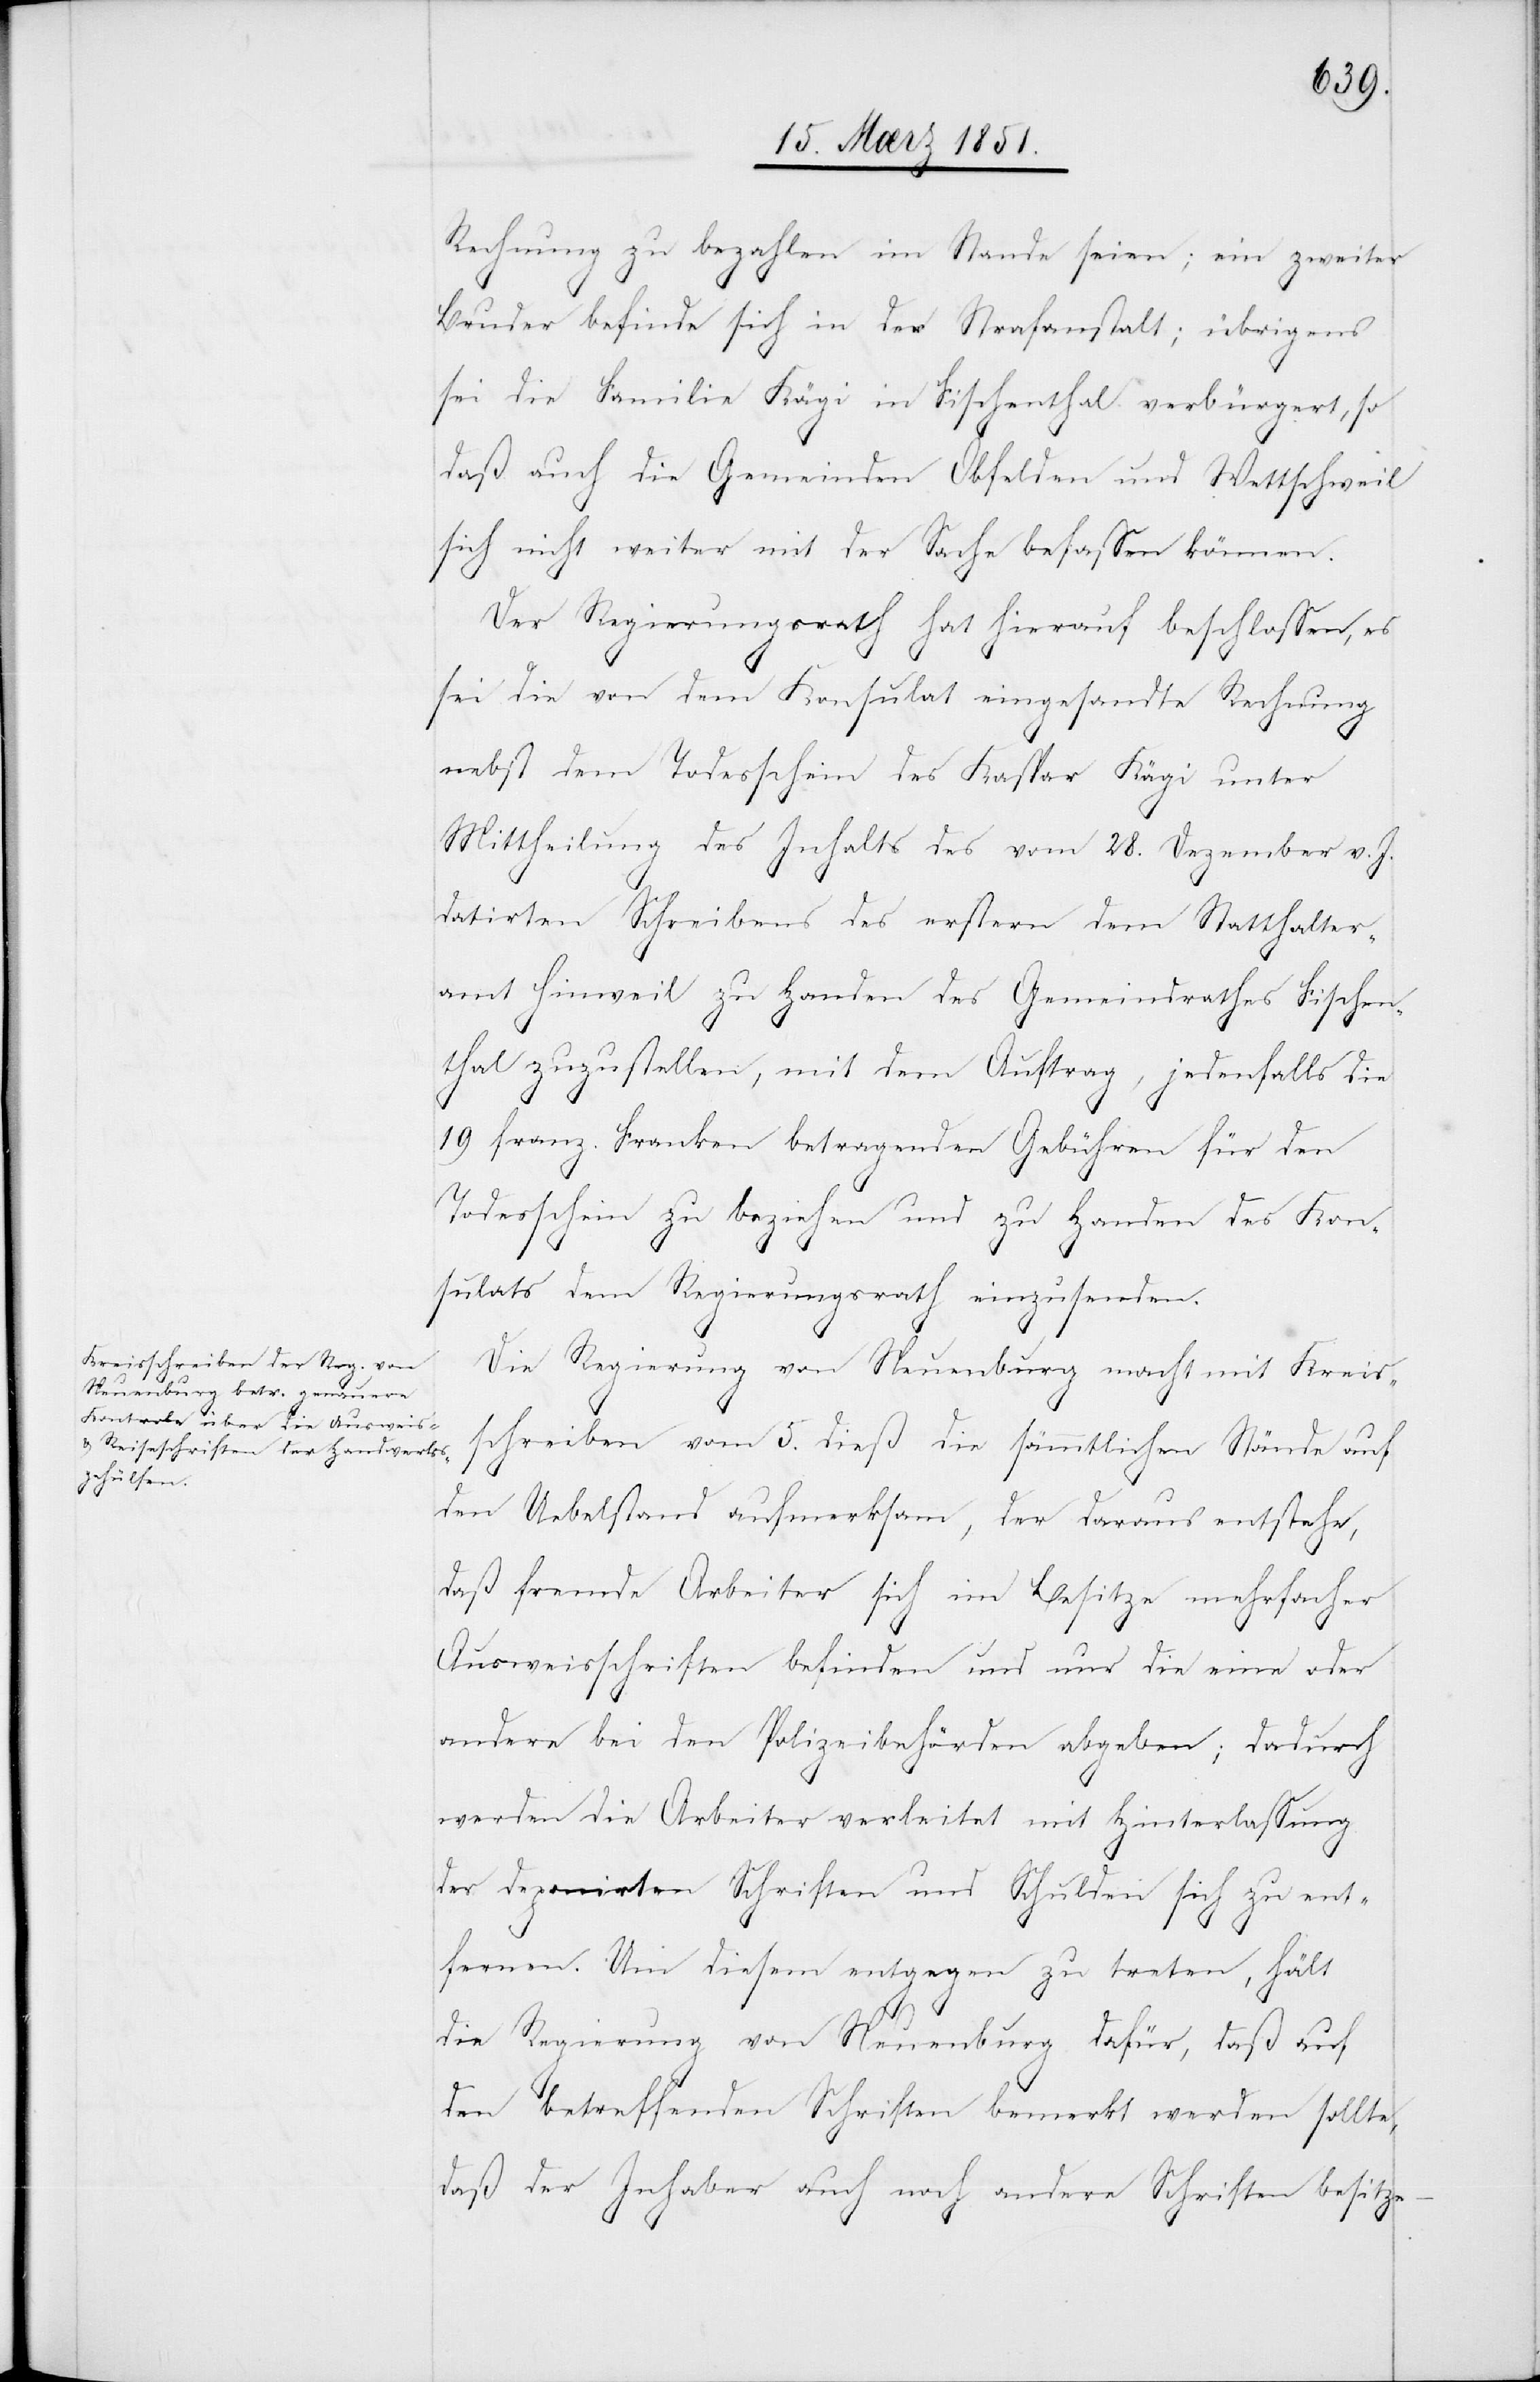
Rechnung zu bezahlen im Stande seien; ein zweiter
Bruder befinde sich in der Strafanstalt; übrigens
sei die Familie Kägi in Fischenthal verbürgert, so
daß auch die Gemeinden Obfelden und Wettschweil
sich nicht weiter mit der Sache befassen können.
Der Regierungsrath hat hierauf beschlossen, es
sei die von dem Konsulat eingesandte Rechnung
nebst dem Todesschein des Kaspar Kägi unter
Mittheilung des Inhalts des vom 28. Dezember v. J.
datirten Schreibens des erstern dem Statthalter¬
amt Hinweil zu Handen des Gemeindrathes Fischen¬
thal zuzustellen, mit dem Auftrag, jedenfalls die
19 franz. Franken betragenden Gebühren für den
Todesschein zu beziehen und zu Handen des Kon¬
sulats dem Regierungsrath einzusenden.
Die Regierung von Neuenburg macht mit Kreis¬
schreiben vom 5. dieß die sämmtlichen Stände auf
den Uebelstand aufmerksam, der daraus entstehe,
daß fremde Arbeiter sich im Besitze mehrfacher
Ausweisschriften befinden und nur die eine oder
andere bei den Polizeibehörden abgeben; dadurch
werden die Arbeiter verleitet mit Hinterlassung
der deponirten Schriften und Schulden sich zu ent¬
fernen. Um diesem entgegen zu treten, hält
die Regierung von Neuenburg dafür, daß auf
den betreffenden Schriften bemerkt werden sollte,
daß der Inhaber auch noch andere Schriften besitze